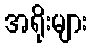
အရိုးများ